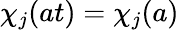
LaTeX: \chi_{j}(at)=\chi_{j}(a)